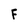
Character: F